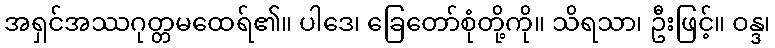
အရှင်အဿဂုတ္တမထေရ်၏။ ပါဒေ၊ ခြေတော်စုံတို့ကို။ သိရသာ၊ ဦးဖြင့်။ ဝန္ဒ၊